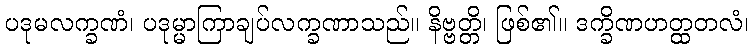
ပဒုမလက္ခဏံ၊ ပဒုမ္မာကြာချပ်လက္ခဏာသည်။ နိဗ္ဗတ္တိ၊ ဖြစ်၏။ ဒက္ခိဏဟတ္ထတလံ၊